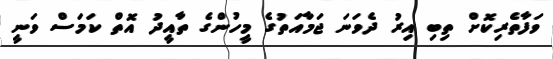
ވަފާތެރިކޮށް ތިބި އިރު ދެވަނަ ޖަމާއަތުގެ މީހުންގެ ތާއީދު އޮތް ކަމަސް ވަނީ